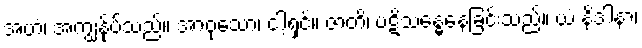
အဟံ၊ အကျွန်ုပ်သည်။ အာဝုသော၊ ငါ့ရှင်။ ဇာတိ၊ ပဋိသန္ဓေနေခြင်းသည်။ ယံ နိဒါနာ၊